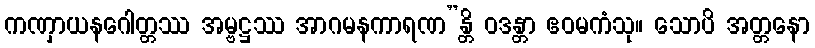
ကဏှာယနဂေါတ္တဿ အမ္ဗဋ္ဌဿ အာဂမနကာရဏ”န္တိ ဝဒန္တာ ဧဝမကံသု။ သောပိ အတ္တနော